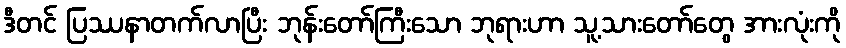
ဒီတင် ပြဿနာတက်လာပြီး ဘုန်းတော်ကြီးသော ဘုရားဟာ သူ့သားတော်တွေ အားလုံးကို